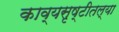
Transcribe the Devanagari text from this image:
काव्यसृष्टीतल्या